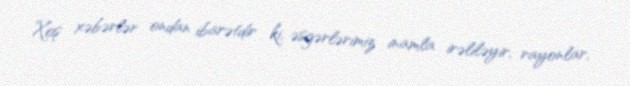
Xoş xəbərlər ondan ibarətdir ki, əsgərlərimiz inamla irəliləyir, rayonlar,